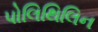
પોલિથિલિન